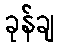
ခုန်ချ